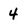
Character: 4